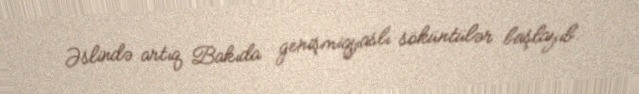
Əslində artıq Bakıda genişmiqyaslı söküntülər başlayıb.